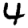
Digit: 4